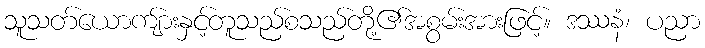
သူသတ်ယောကျ်ားနှင့်တူသည်စသည်တို့၏အစွမ်းအားဖြင့်။ ဒဿနံ၊ ပညာ